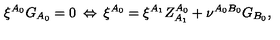
\xi ^ { A _ { 0 } } G _ { A _ { 0 } } = 0 \: \Leftrightarrow \: \xi ^ { A _ { 0 } } = \xi ^ { A _ { 1 } } Z _ { A _ { 1 } } ^ { A _ { 0 } } + \nu ^ { A _ { 0 } B _ { 0 } } G _ { B _ { 0 } } ,